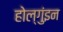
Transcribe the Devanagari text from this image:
होल्गुंइन